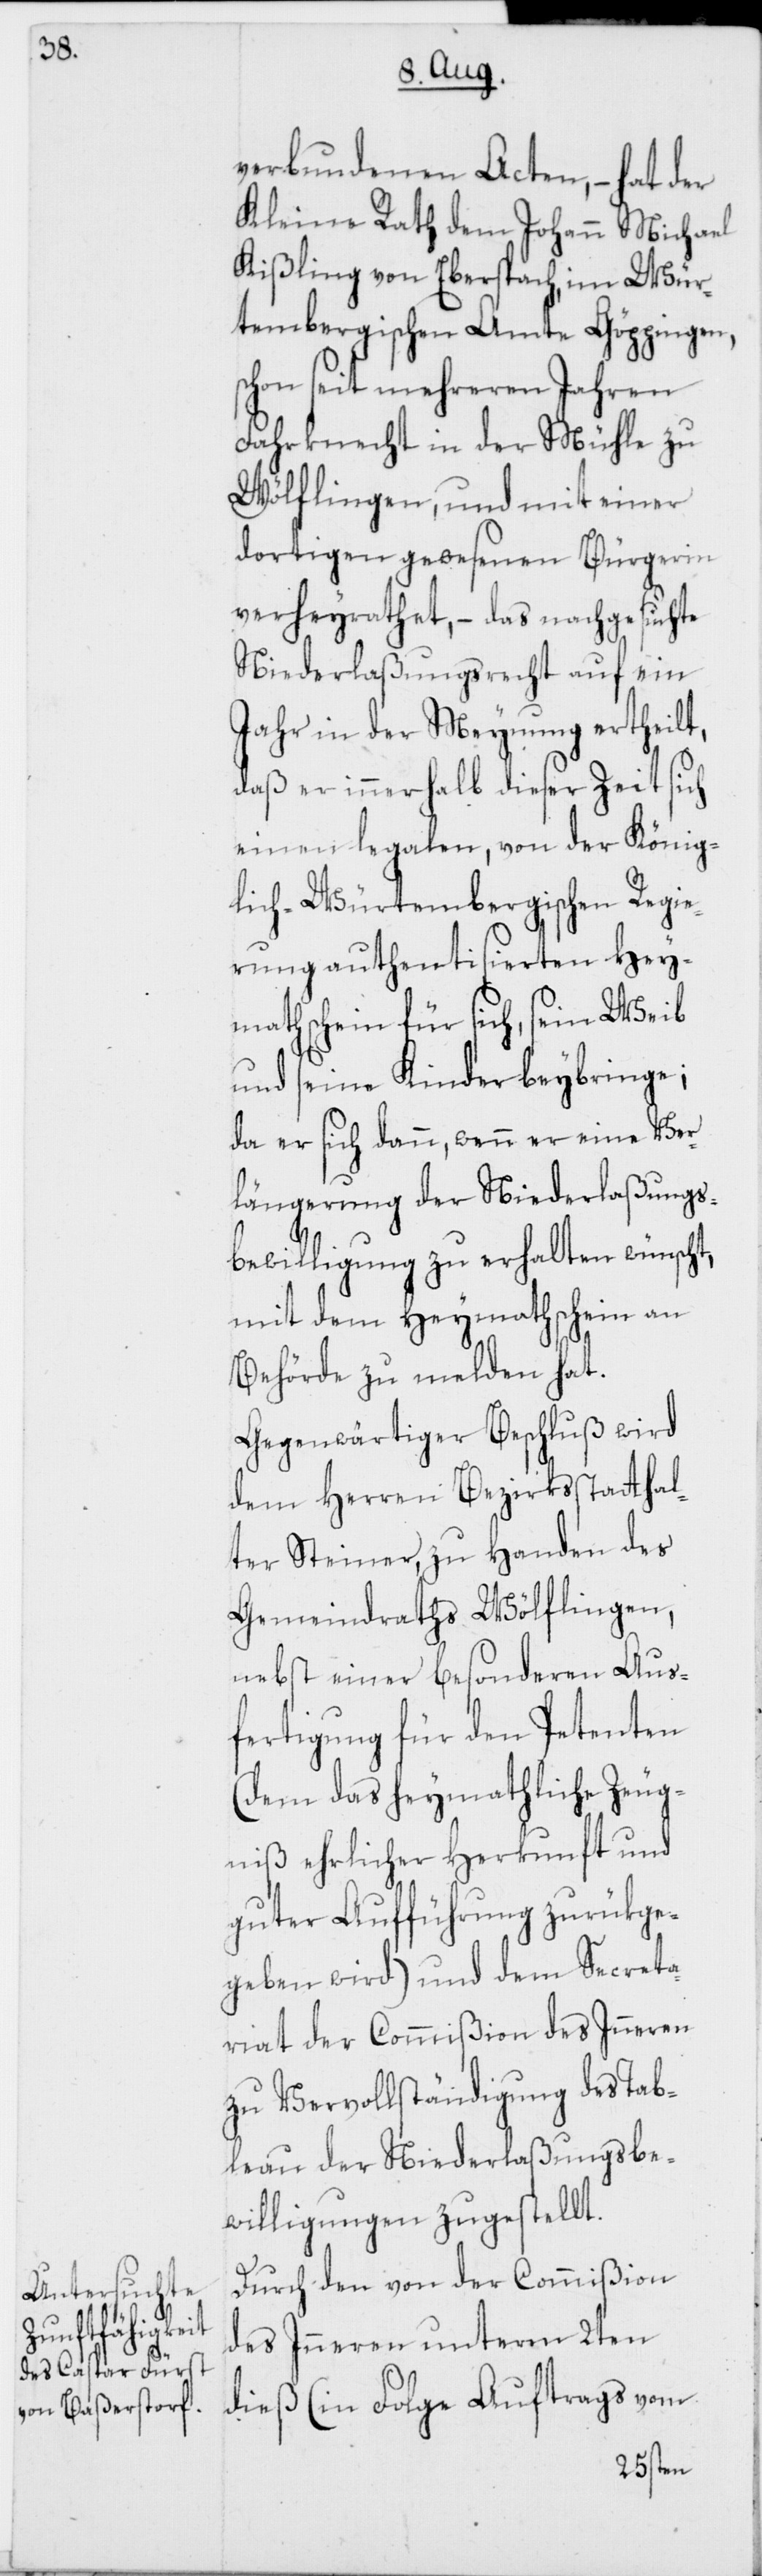
verbundenen Acten, – hat der
Kleine Rath dem Johann Michael
Kißling von Eberspach, im Wür¬
tembergischen Amte Göppingen,
schon seit mehreren Jahren
Fahrknecht in der Mühle zu
Wölflingen, und mit einer
dortigen gewesenen Bürgerin
verheyrathet, – das nachgesuchte
Niederlaßungsrecht auf ein
Jahr in der Meynung ertheilt,
daß er innerhalb dieser Zeit sich
einen legalen, von der König¬
lich-Würtembergischen Regie¬
rung authentisierten Hey¬
mathschein für sich, sein Weib
und seine Kinder beybringe;
da er sich dann, wenn er eine Ver¬
längerung der Niederlaßungs¬
bewilligung zu erhalten wünscht,
mit dem Heymathschein an
Behörde zu melden hat.
Gegenwärtiger Beschluß wird
dem Herren Bezirksstatthal¬
ter Steiner, zu Handen des
Gemeindraths Wölflingen,
nebst einer besonderen Aus¬
fertigung für den Petenten
(dem das heymathliche Zeug¬
niß ehrlicher Herkunft und
guter Aufführung zurükge¬
geben wird) und dem Secreta¬
riat der Commißion des Inneren
zu Vervollständigung des Tab¬
leau der Niederlaßungsbe¬
willigungen zugestellt.
Durch den von der Commißion
des Inneren unterm 2ten
dieß (in Folge Auftrags vom